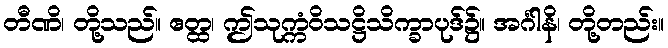
တီဏိ၊ တို့သည်။ ဧတ္ထ၊ ဤသုက္ကံဝိသဋ္ဌိသိက္ခာပုဒ်၌။ အင်္ဂါနိ၊ တို့တည်း။